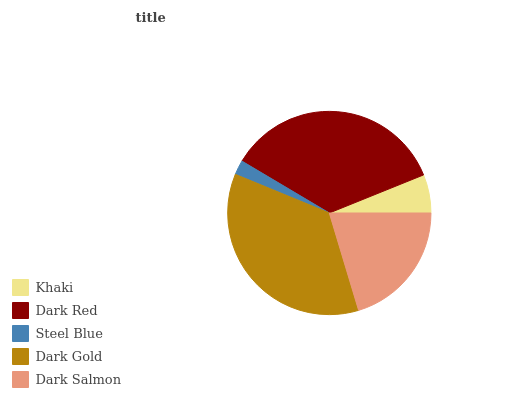
| Khaki | Dark Red | Steel Blue | Dark Gold | Dark Salmon |
 | --- | --- | --- | --- | --- |
 | 6.11% | 35.4% | 2.32% | 35.8% | 20.4% |